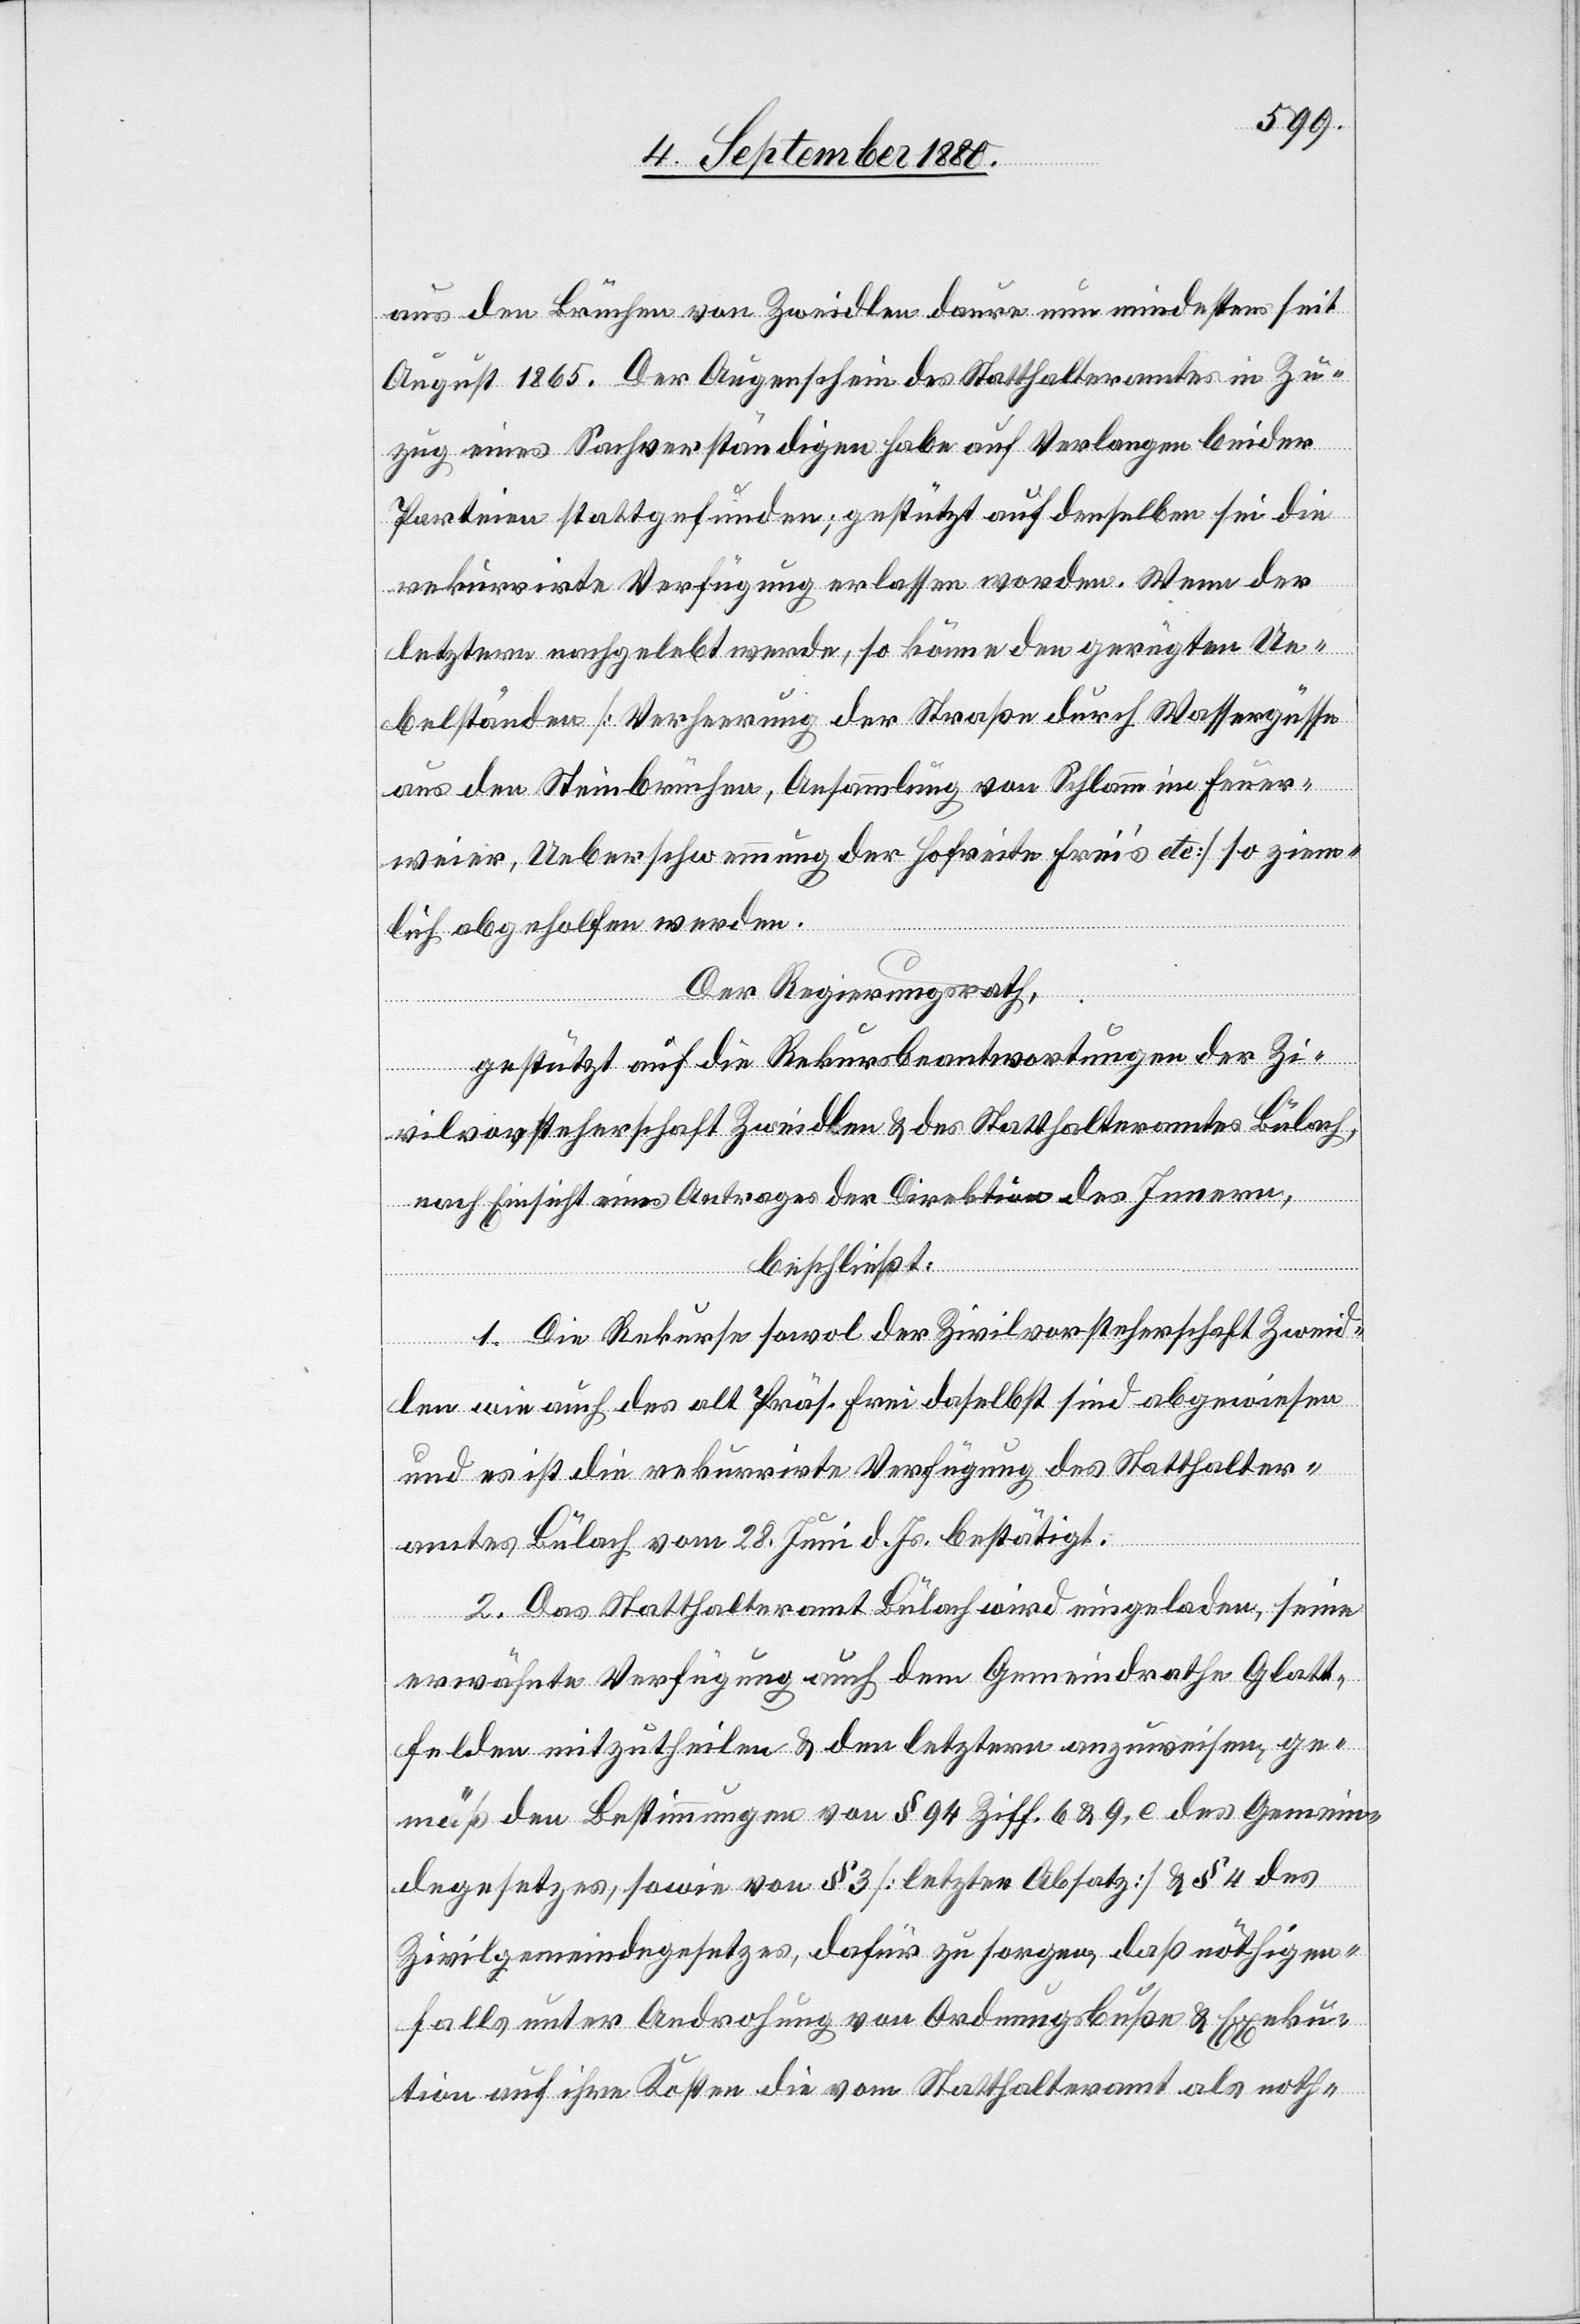
aus den Brüchen von Zweidlen dauere seit August 1865.
zug eines Sachverständigen habe auf Verlangen beider
Parteien stattgefunden; gestützt auf denselben sei die
rekurirrte Verfügung erlassen worden. Wenn der
letztere nachgelebt werde, so könne den gerügten Ue¬
belständen [Verheerung der Straße durch Wassergüsse
aus den Steinbrüchen, Ansammlung von Schlamm im Feuer¬
weier, Ueberschwemmung der Hofreite Frei’s etc.] so ziem¬
lich abgeholfen werden.
Der Regierungsrath,
gestützt auf die Rekursbeantwortungen der Zi¬
Zu¬
vilvorsteherschaft Zweidlen & des Statthalteramtes Bülach,
nach Einsicht eines Antrages der Direktion des Innern,
in
beschließt:
1. Die Rekurse sowol der Zivilvorsteherschaft Zweid¬
len wie auch des alt Präs. Frei daselbst sind abgewiesen
und es ist die rekurrirte Verfügung des Statthalter¬
amtes Bülach vom 28. Juni d. Js. bestätigt.
2. Das Statthalteramt Bülach wird eingeladen, seine
erwähnte Verfügung auch dem Gemeindrathe Glatt¬
felden mitzutheilen & den letztern anzuweisen ge¬
mäß den Bestimmungen von § 94 Ziff. 6 & 9,c des Gemein¬
degesetzes, sowie § 3 [letzten Absatz] & § 4 des
Zivilgemeindegesetzes, dafür zu sorgen, daß nöthigen¬
falls unter Androhung von Ordnungsbuße & Exeku¬
tion auf ihre Kosten die vom Statthalteramt als noth-